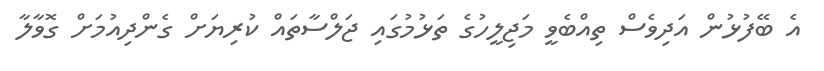
އެ ބޭފުޅުން އަދިވެސް ތިއްބެވީ މަޖިލީހުގެ ތަޅުމުގައި ޖަލްސާތައް ކުރިޔަށް ގެންދިއުމަށް ގޮވާލާ